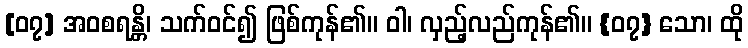
[၀၇] အဝစရန္တိ၊ သက်ဝင်၍ ဖြစ်ကုန်၏။ ဝါ၊ လှည့်လည်ကုန်၏။ {၀၇} သော၊ ထို